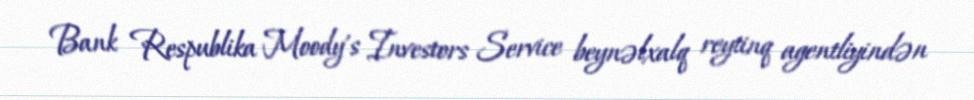
Bank Respublika Moody's Investors Service beynəlxalq reytinq agentliyindən